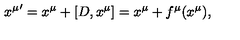
{ x ^ { \mu } } ^ { \prime } = x ^ { \mu } + [ D , x ^ { \mu } ] = x ^ { \mu } + f ^ { \mu } ( x ^ { \mu } ) ,